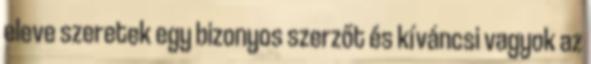
eleve szeretek egy bizonyos szerzőt és kíváncsi vagyok az